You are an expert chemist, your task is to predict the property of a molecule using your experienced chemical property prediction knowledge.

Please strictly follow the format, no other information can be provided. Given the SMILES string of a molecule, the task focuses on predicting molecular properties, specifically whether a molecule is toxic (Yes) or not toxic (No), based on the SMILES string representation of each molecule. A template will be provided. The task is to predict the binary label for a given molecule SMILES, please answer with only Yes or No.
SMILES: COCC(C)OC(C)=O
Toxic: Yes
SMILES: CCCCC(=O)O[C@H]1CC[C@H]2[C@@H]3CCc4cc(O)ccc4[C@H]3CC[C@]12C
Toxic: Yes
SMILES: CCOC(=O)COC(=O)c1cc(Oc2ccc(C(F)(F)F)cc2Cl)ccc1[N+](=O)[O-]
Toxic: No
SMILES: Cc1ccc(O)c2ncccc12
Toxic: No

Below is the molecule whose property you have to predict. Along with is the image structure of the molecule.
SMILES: COP(=S)(OC)Oc1nc(Cl)c(Cl)cc1Cl
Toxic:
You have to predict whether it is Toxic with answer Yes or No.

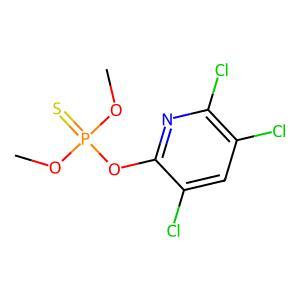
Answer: No